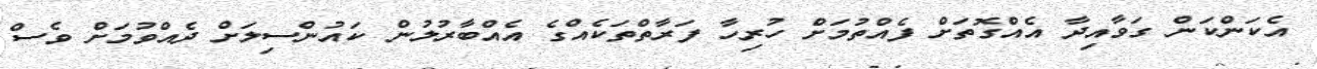
އެކަންކަން ގަވާއިދާ އެއްގޮތަށް ފެއްތުމަށް ހުރިހާ ފަރާތްތަކެއްގެ އެއްބާރުލުން ކައުންސިލަށް ދެއްވުމަށް ވެސް